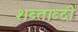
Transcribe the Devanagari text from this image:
शब्ताब्दी